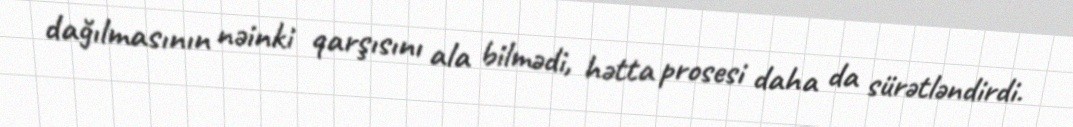
dağılmasının nəinki qarşısını ala bilmədi, hətta prosesi daha da sürətləndirdi.